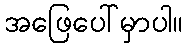
အဖြေပေါ်မှာပါ။